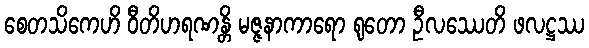
စေတသိကေဟိ ဝီတိဟရဏန္တိ မဇ္ဇနာကာရော ရုတော ဦလဿေတိ ဖလဋ္ဌဿ